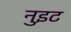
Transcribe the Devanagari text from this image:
नुइट